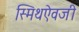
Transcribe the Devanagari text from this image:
स्मिथऐवजी